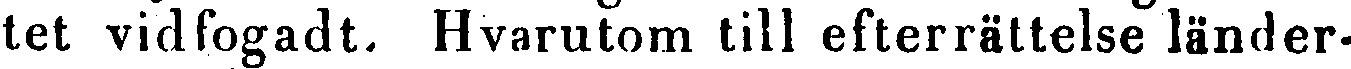
tet vidfogadt. Hvarutom till efterrättelse länder-